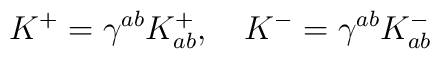
K^{+}= \gamma^{a b} K^{+}_{a b},~~~K^{-} = \gamma^{a b} K^{-}_{a b}